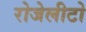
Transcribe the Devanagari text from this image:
रोजेलीटो